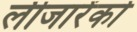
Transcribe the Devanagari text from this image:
लीजारेंको